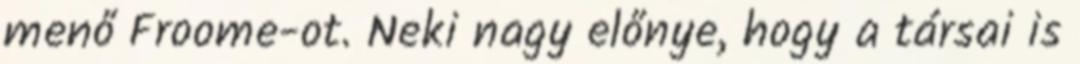
menő Froome-ot. Neki nagy előnye, hogy a társai is